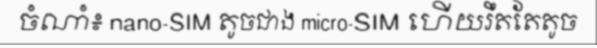
ចំណាំ៖ nano-SIM តូចជាង micro-SIM ហើយរឹតតែតូច